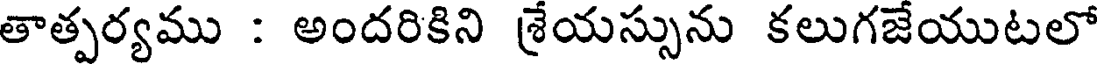
తాత్పర్యము : అందరికిని శ్రేయస్సును కలుగజేయుటలో